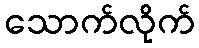
သောက်လိုက်